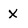
Character: X